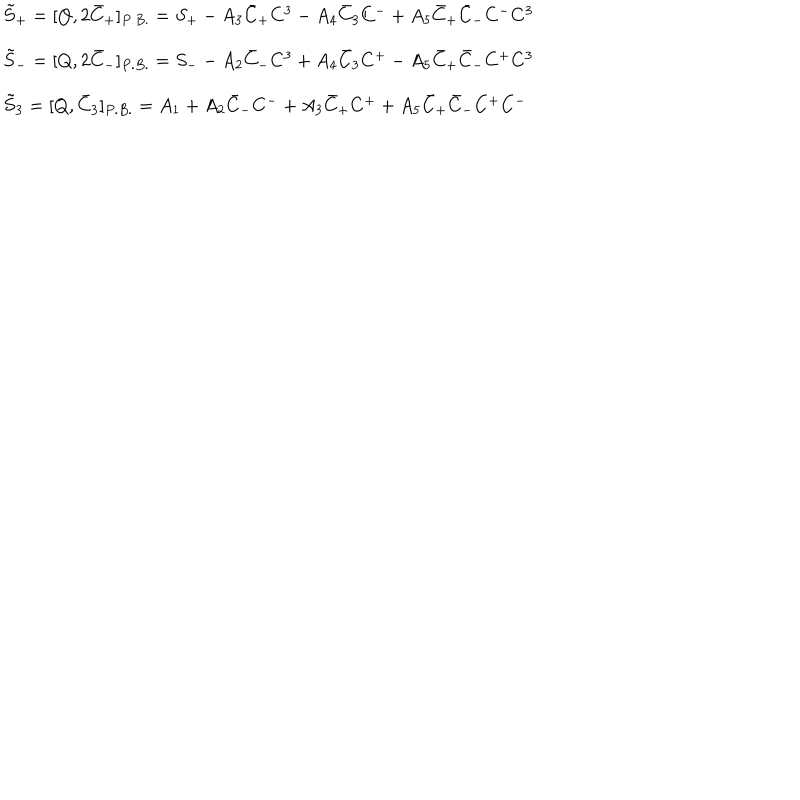
LaTeX: \begin{array} { l } { { \tilde { S } _ { + } = [ Q , 2 \bar { C } _ { + } ] _ { P . B . } = S _ { + } - A _ { 3 } \bar { C } _ { + } C ^ { 3 } - A _ { 4 } \bar { C } _ { 3 } C ^ { - } + A _ { 5 } \bar { C } _ { + } \bar { C } _ { - } C ^ { - } C ^ { 3 } } } \\ { { \tilde { S } _ { - } = [ Q , 2 \bar { C } _ { - } ] _ { P . B . } = S _ { - } - A _ { 2 } \bar { C } _ { - } C ^ { 3 } + A _ { 4 } \bar { C } _ { 3 } C ^ { + } - A _ { 5 } \bar { C } _ { + } \bar { C } _ { - } C ^ { + } C ^ { 3 } } } \\ { { \tilde { S } _ { 3 } = [ Q , \bar { C } _ { 3 } ] _ { P . B . } = A _ { 1 } + A _ { 2 } \bar { C } _ { - } C ^ { - } + A _ { 3 } \bar { C } _ { + } C ^ { + } + A _ { 5 } \bar { C } _ { + } \bar { C } _ { - } C ^ { + } C ^ { - } } } \\ \end{array}